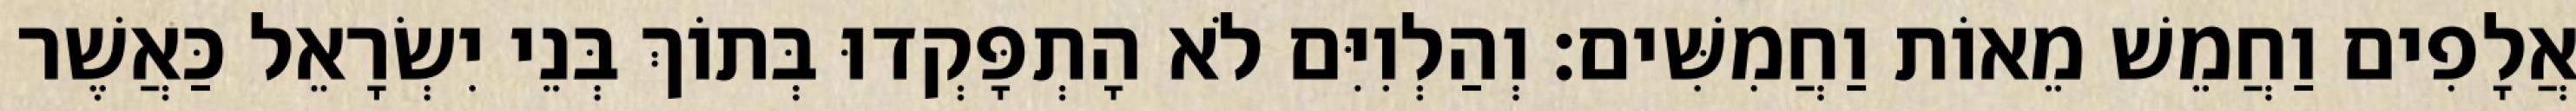
אֲלָפִים וַחֲמֵשׁ מֵאוֹת וַחֲמִשִּׁים׃ וְהַלְוִיִּם לֹא הָתְפָּקְדוּ בְּתוֹךְ בְּנֵי יִשְׂרָאֵל כַּאֲשֶׁר